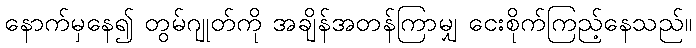
နောက်မှနေ၍ တွမ်ဂျုတ်ကို အချိန်အတန်ကြာမျှ ငေးစိုက်ကြည့်နေသည်။